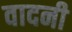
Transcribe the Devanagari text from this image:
वादनी